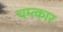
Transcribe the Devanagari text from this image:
चम्त्कार